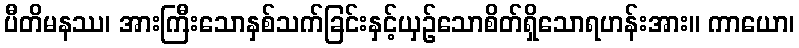
ပီတိမနဿ၊ အားကြီးသောနှစ်သက်ခြင်းနှင့်ယှဉ်သောစိတ်ရှိသောရဟန်းအား။ ကာယော၊